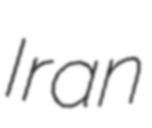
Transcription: Iran